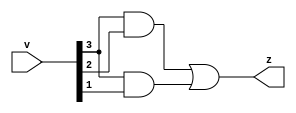
module compare(input [3:0] v,output z);
assign z=(v[3]&v[2]) | (v[3]&v[1]);
endmodule